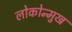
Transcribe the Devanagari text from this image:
लोकोन्मुख